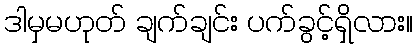
ဒါမှမဟုတ် ချက်ချင်း ပက်ခွင့်ရှိလား။